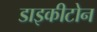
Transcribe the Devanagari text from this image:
डाइकीटोन